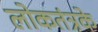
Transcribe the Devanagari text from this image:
लोकतंत्रके